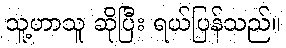
သူ့ဟာသူ ဆိုပြီး ရယ်ပြန်သည်။